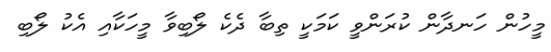
މީހުން ހަނދާން ކުރަންވީ ކަމަކީ ތިބާ ދެކެ ލޯބިވާ މީހަކާއި އެކު ލޯބި